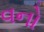
વનો